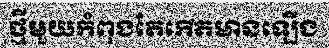
ថ្មីមួយកំពុងតែកើតមានឡើង